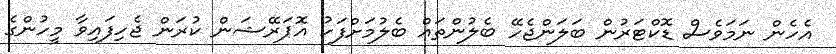
އެހެން ނަމަވެސް ޑޮކްޓަރުން ބަލަންޖެހޭ ބެލުންތައް ބެލުމަށްފަހު އޮޕަރޭޝަން ކުރަން ޖެހިފައިވާ މީހުންގެ